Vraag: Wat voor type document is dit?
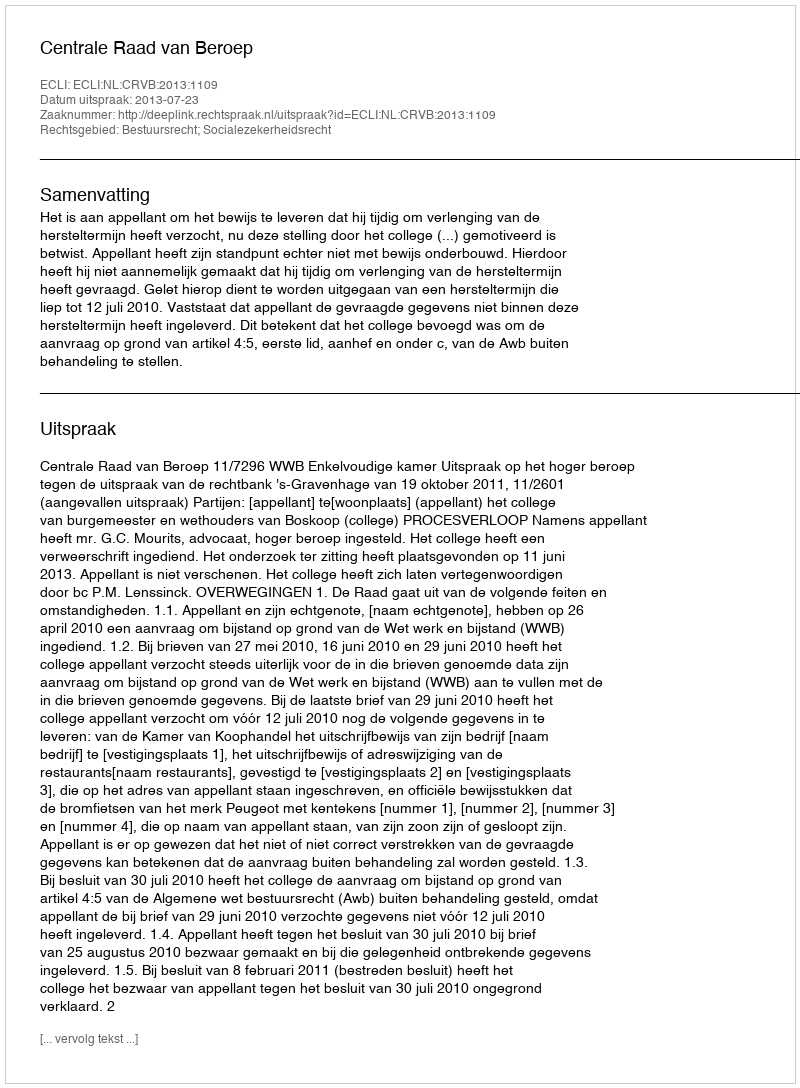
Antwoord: Uitspraak